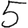
Digit: 5